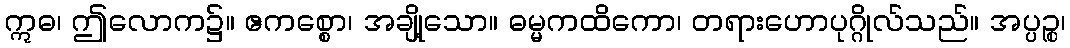
ဣဓ၊ ဤလောက၌။ ဧကစ္စော၊ အချို့သော။ ဓမ္မကထိကော၊ တရားဟောပုဂ္ဂိုလ်သည်။ အပ္ပဉ္စ၊